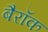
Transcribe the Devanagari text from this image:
बैरॉक